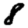
Digit: 8